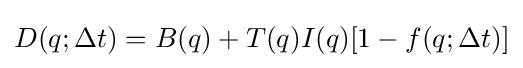
D(q;\Delta t)=B(q)+T(q)I(q)[1-f(q;\Delta t)]